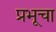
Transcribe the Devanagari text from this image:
प्रभूचा